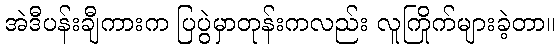
အဲဒီပန်းချီကားက ပြပွဲမှာတုန်းကလည်း လူကြိုက်များခဲ့တာ။